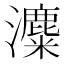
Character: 𤃱